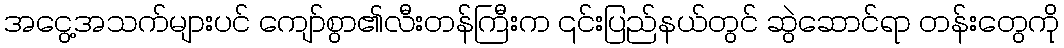
အငွေ့အသက်များပင် ကျော်စွာ၏လီးတန်ကြီးက ၎င်းပြည်နယ်တွင် ဆွဲဆောင်ရာ တန်းတွေကို